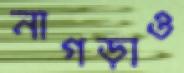
নাগড়াও